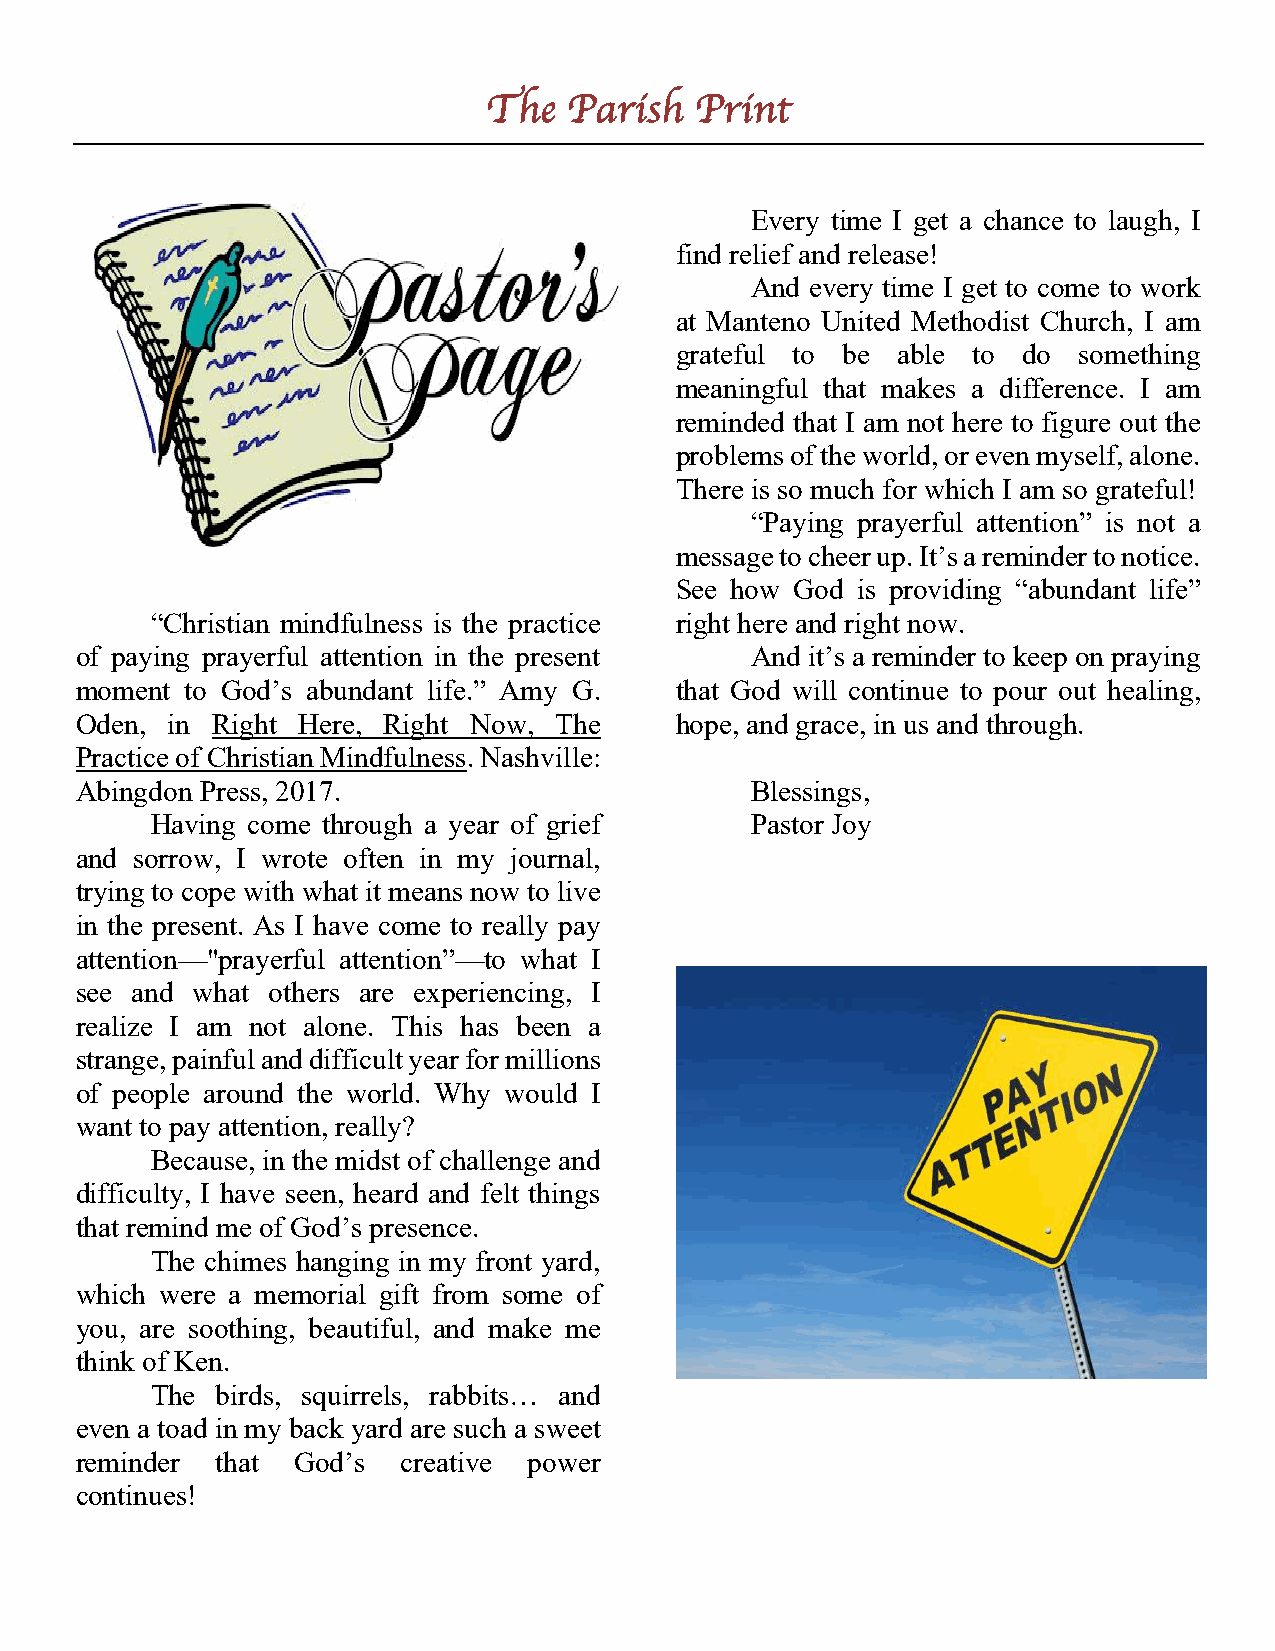
The   Parish  Print
 Every time I get a chance to laugh, I
 find relief and release!
 And every time I get to come to work
 at Manteno United Methodist Church, I am
 grateful to be able to do something
 meaningful that makes a difference. I am
 reminded that I am not here to figure out the
 problems of the world, or even myself, alone.
 There is so much for which I am so grateful!
 “Paying prayerful attention” is not a
 message to cheer up. It’s a reminder to notice.
 See how God is providing “abundant life”
 “Christian mindfulness is the practice right here and right now.
 of paying prayerful attention in the present And it’s a reminder to keep on praying
 moment to God’s abundant life.” Amy G.  that God will continue to pour out healing,
 Oden, in Right Here, Right Now, The     hope, and grace, in us and through.
 Practice of Christian Mindfulness. Nashville:
 Abingdon Press, 2017.                        Blessings,
 Having come through a year of grief     Pastor Joy
 and sorrow, I wrote often in my journal,
 trying to cope with what it means now to live
 in the present. As I have come to really pay
 attention—"prayerful attention”—to what I
 see and what others are experiencing, I
 realize I am not alone. This has been a
 strange, painful and difficult year for millions
 of people around the world. Why would I
 want to pay attention, really?
 Because, in the midst of challenge and
 difficulty, I have seen, heard and felt things
 that remind me of God’s presence.
 The chimes hanging in my front yard,
 which were a memorial gift from some of
 you, are soothing, beautiful, and make me
 think of Ken.
 The birds, squirrels, rabbits… and
 even a toad in my back yard are such a sweet
 reminder that  God’s  creative power
 continues!